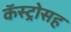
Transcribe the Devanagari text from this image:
कॅस्ट्रोसह